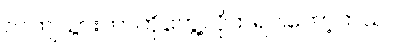
လဲကျသွားတာကိုတွေ့လိုက်ရပါတော့တယ်။